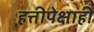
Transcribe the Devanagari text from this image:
हत्तीपेक्षाही